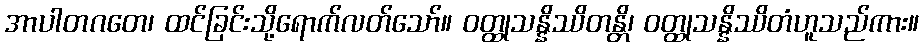
အာပါတဂတေ၊ ထင်ခြင်းသို့ရောက်လတ်သော်။ ဝတ္ထုသန္နိဿိတန္တိ၊ ဝတ္ထုသန္နိဿိတံဟူသည်ကား။